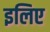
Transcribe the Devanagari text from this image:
इलिए